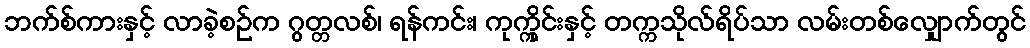
ဘက်စ်ကားနှင့် လာခဲ့စဉ်က ဂွတ္တလစ်၊ ရန်ကင်း၊ ကုက္ကိုင်းနှင့် တက္ကသိုလ်ရိပ်သာ လမ်းတစ်လျှောက်တွင်